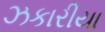
ઝકારીયા